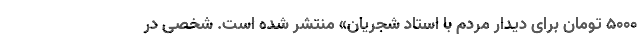
۵۰۰۰ تومان برای دیدار مردم با استاد شجریان» منتشر شده است. شخصی در